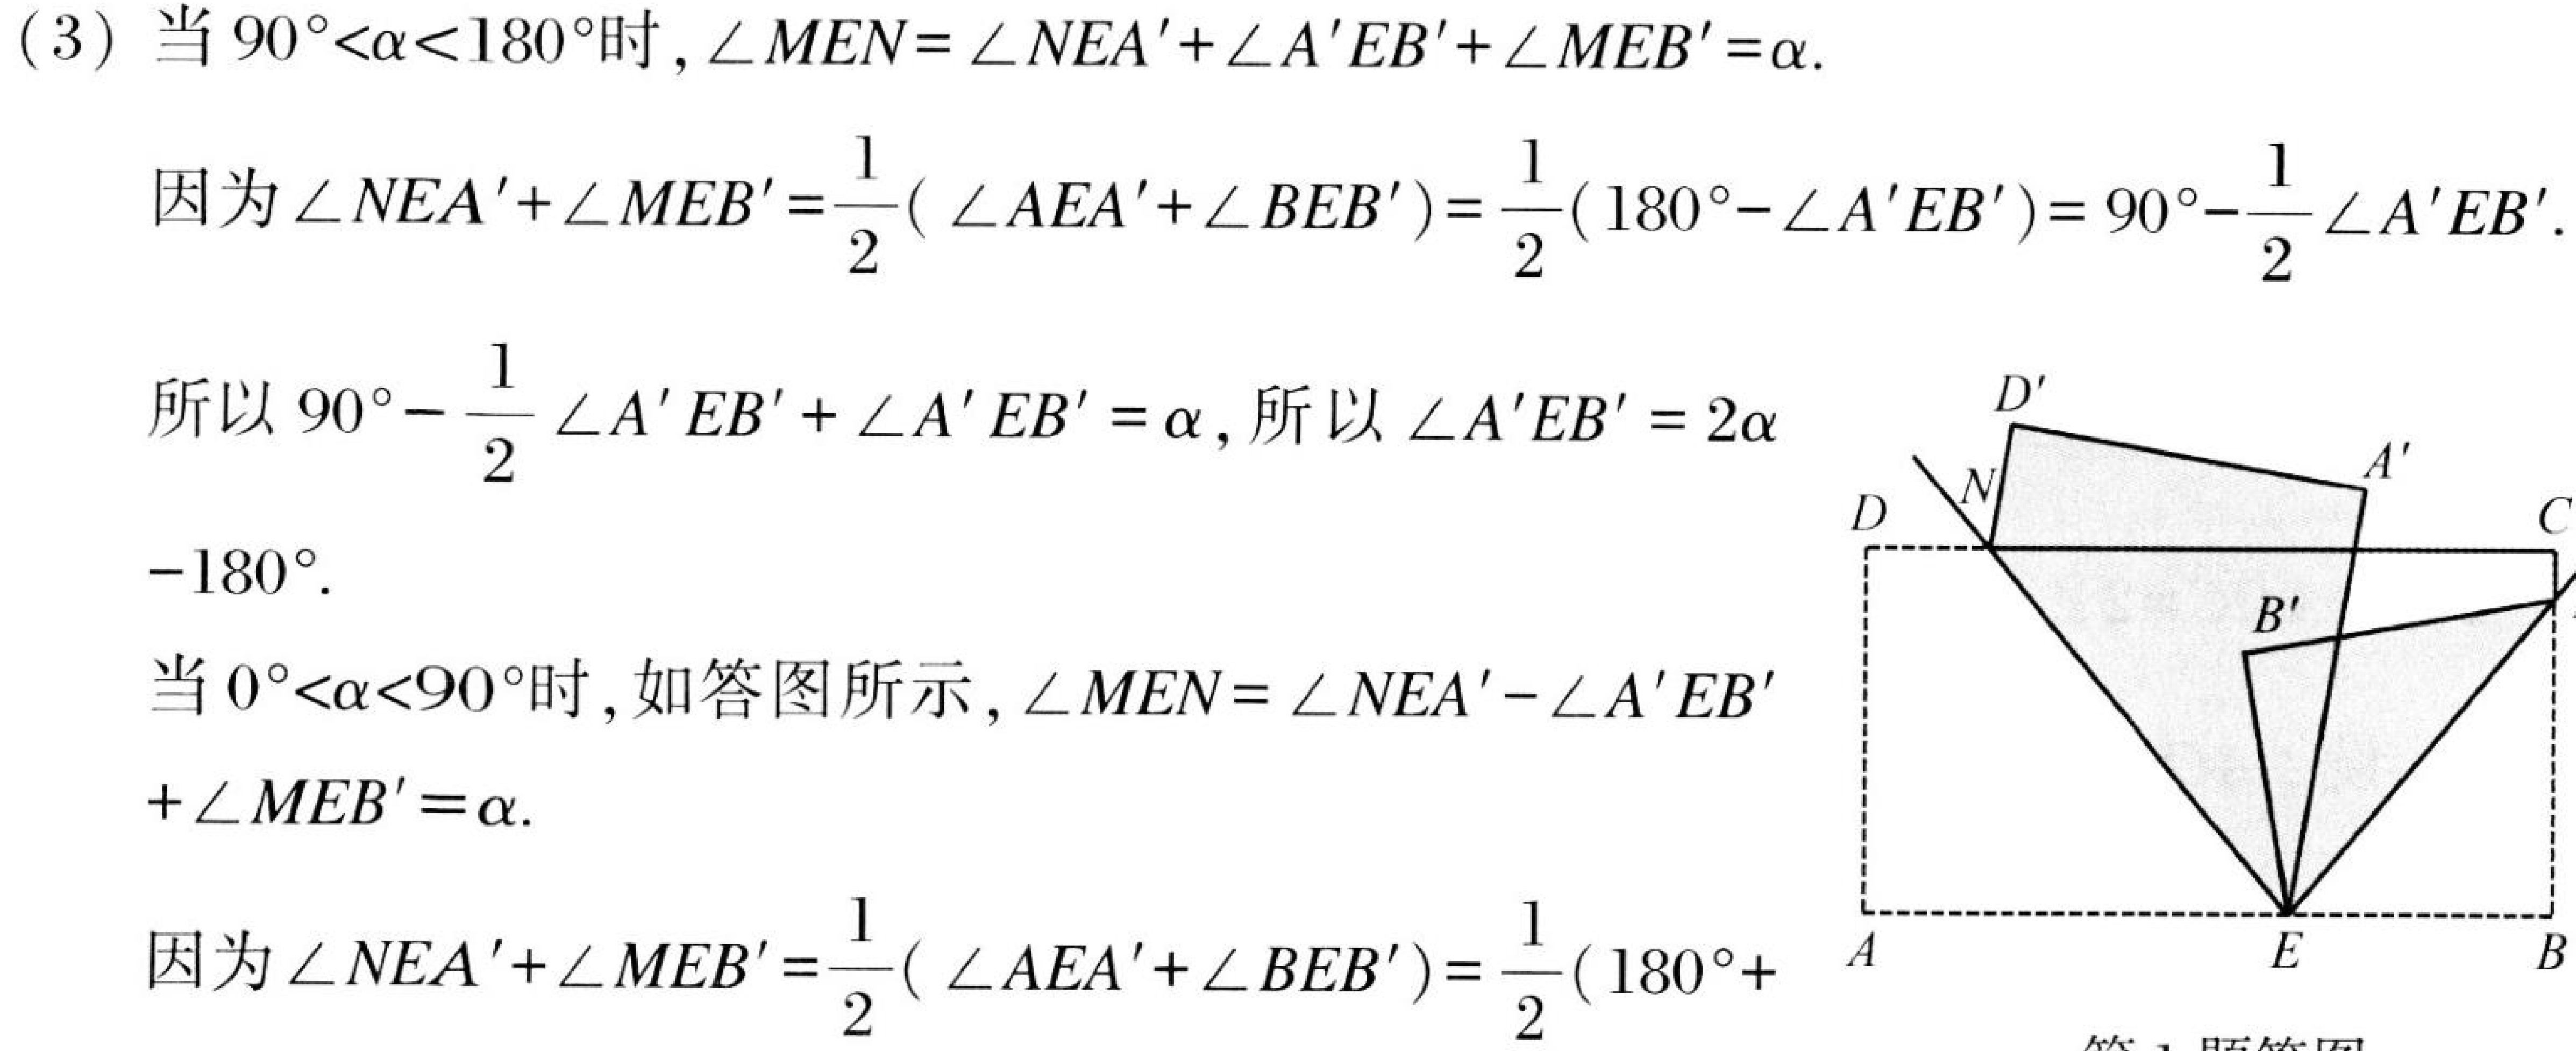
(3) 当 \(90^{\circ}<\alpha<180^{\circ}\) 时, \(\angle MEN = \angle NEA'+\angle A'EB'+\angle MEB'=\alpha\).

因为 \(\angle NEA'+\angle MEB'=\frac{1}{2}(\angle AEA'+\angle BEB')=\frac{1}{2}(180^{\circ}-\angle A'EB') = 90^{\circ}-\frac{1}{2}\angle A'EB'\).

所以 \(90^{\circ}-\frac{1}{2}\angle A'EB'+\angle A'EB'=\alpha\), 所以 \(\angle A'EB' = 2\alpha - 180^{\circ}\).

当 \(0^{\circ}<\alpha<90^{\circ}\) 时, 如答图所示, \(\angle MEN=\angle NEA'-\angle A'EB'+\angle MEB'=\alpha\).

因为 \(\angle NEA'+\angle MEB'=\frac{1}{2}(\angle AEA'+\angle BEB')=\frac{1}{2}(180^{\circ}+ \)